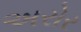
અરોર